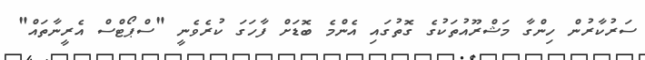
ސަރުކާރުން ހިންގާ މަޝްރޫއުތަކުގެ ގޮތުގައި އެންމެ ބޮޑަށް ފާހަގަ ކުރެވެނީ "ސްޕޯޓްސް އެރީނާތައް"